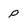
Character: p